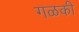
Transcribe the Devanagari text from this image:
गळकी